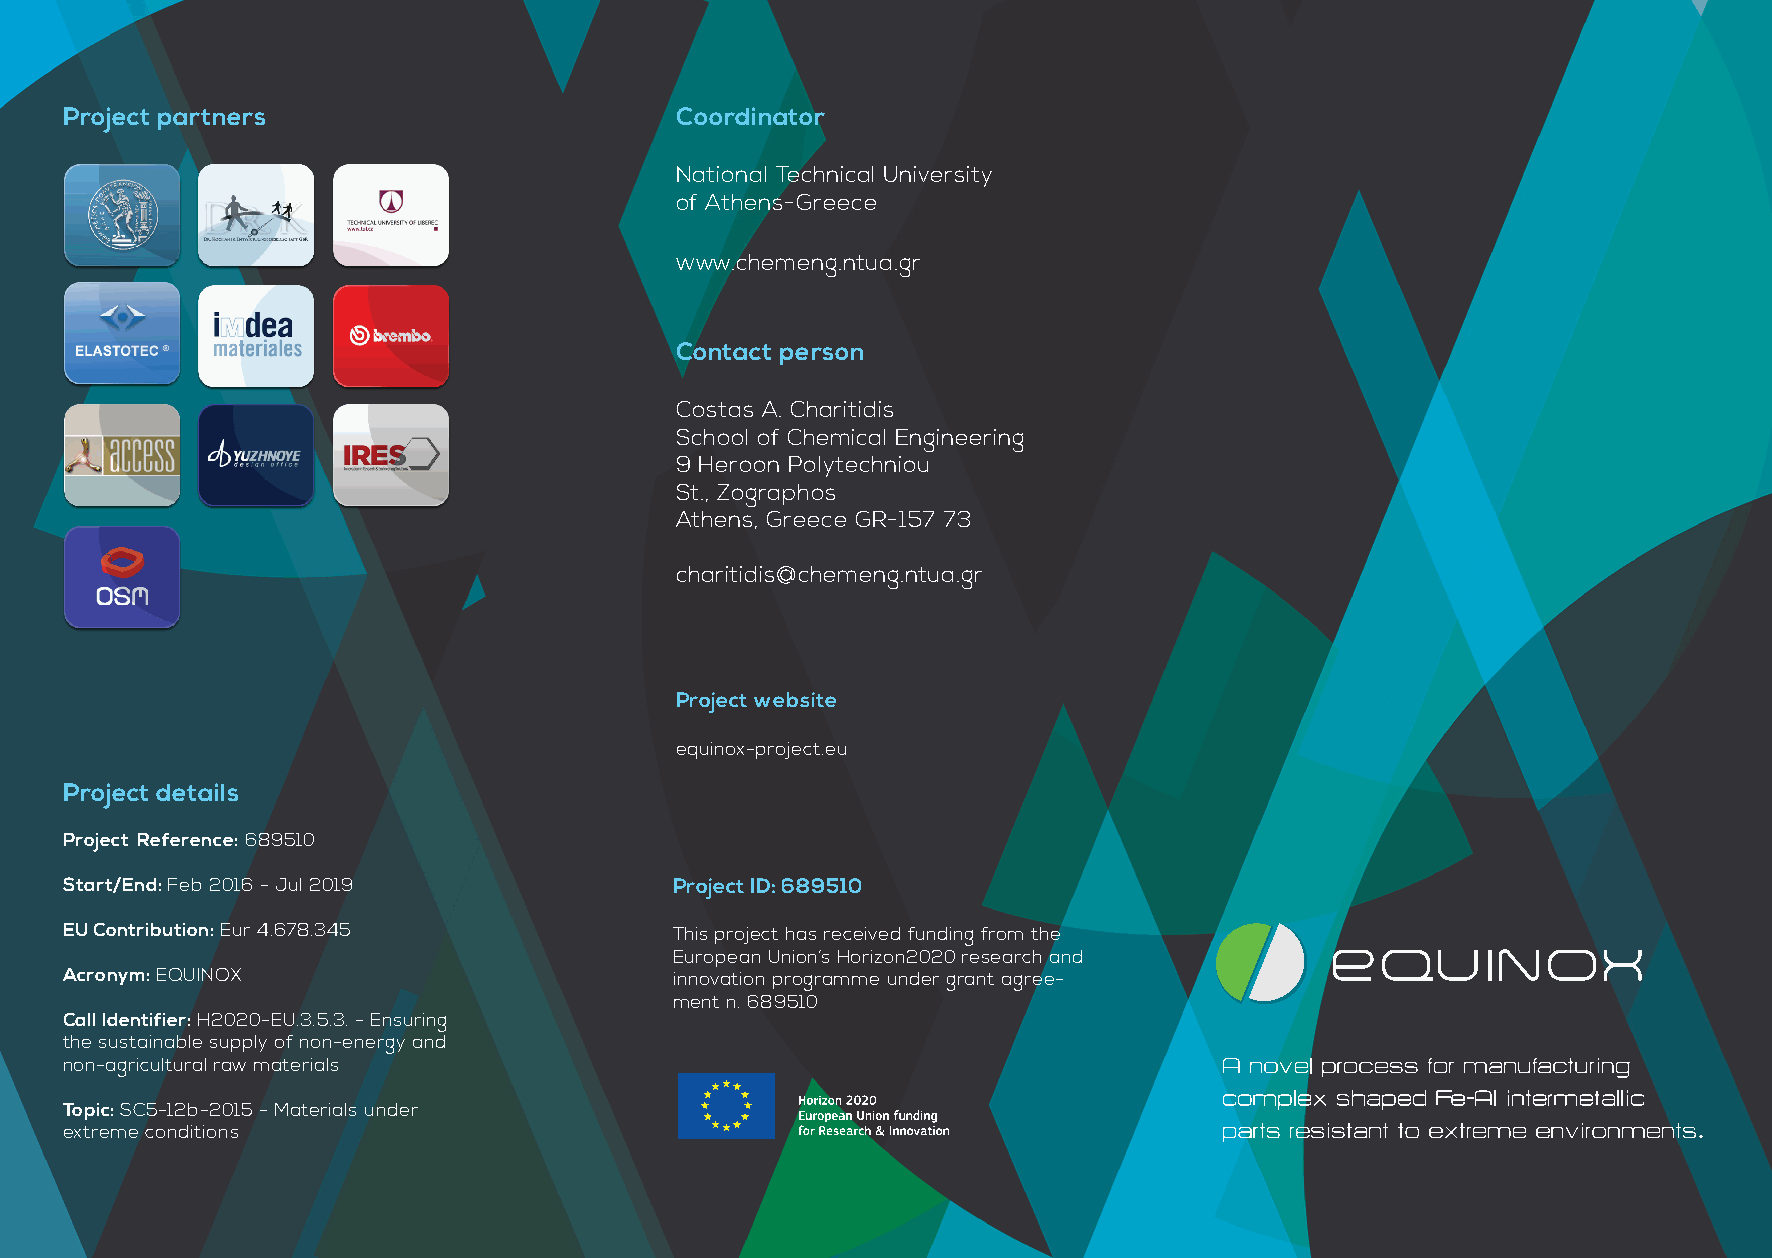
Project partners                         Coordinator
 National Technical University
 of Athens-Greece
 www.chemeng.ntua.gr
 Contact person
 Costas A. Charitidis
 School of Chemical Engineering
 9 Heroon Polytechniou
 St., Zographos
 Athens, Greece GR-157 73
 charitidis@chemeng.ntua.gr
 Project website
 equinox-project.eu
 Project details
 Project Reference: 689510
 Start/End: Feb 2016 - Jul 2019           Project ID: 689510
 EU Contribution: Eur 4.678.345           This project has received funding from the
 European Union’s Horizon2020 research and
 Acronym: EQUINOX                         innovation programme under grant agree-
 ment n. 689510
 Call Identifier: H2020-EU.3.5.3. - Ensuring
 the sustainable supply of non-energy and
 non-agricultural raw materials
 Topic: SC5-12b-2015 - Materials under
 extreme conditions